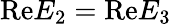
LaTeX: \mathrm{Re}E_{2}=\mathrm{Re}E_{3}